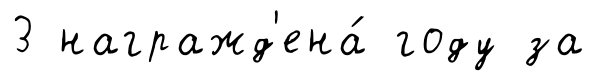
3 награжд'ена́ году за